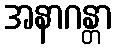
အနာဂန္တာ